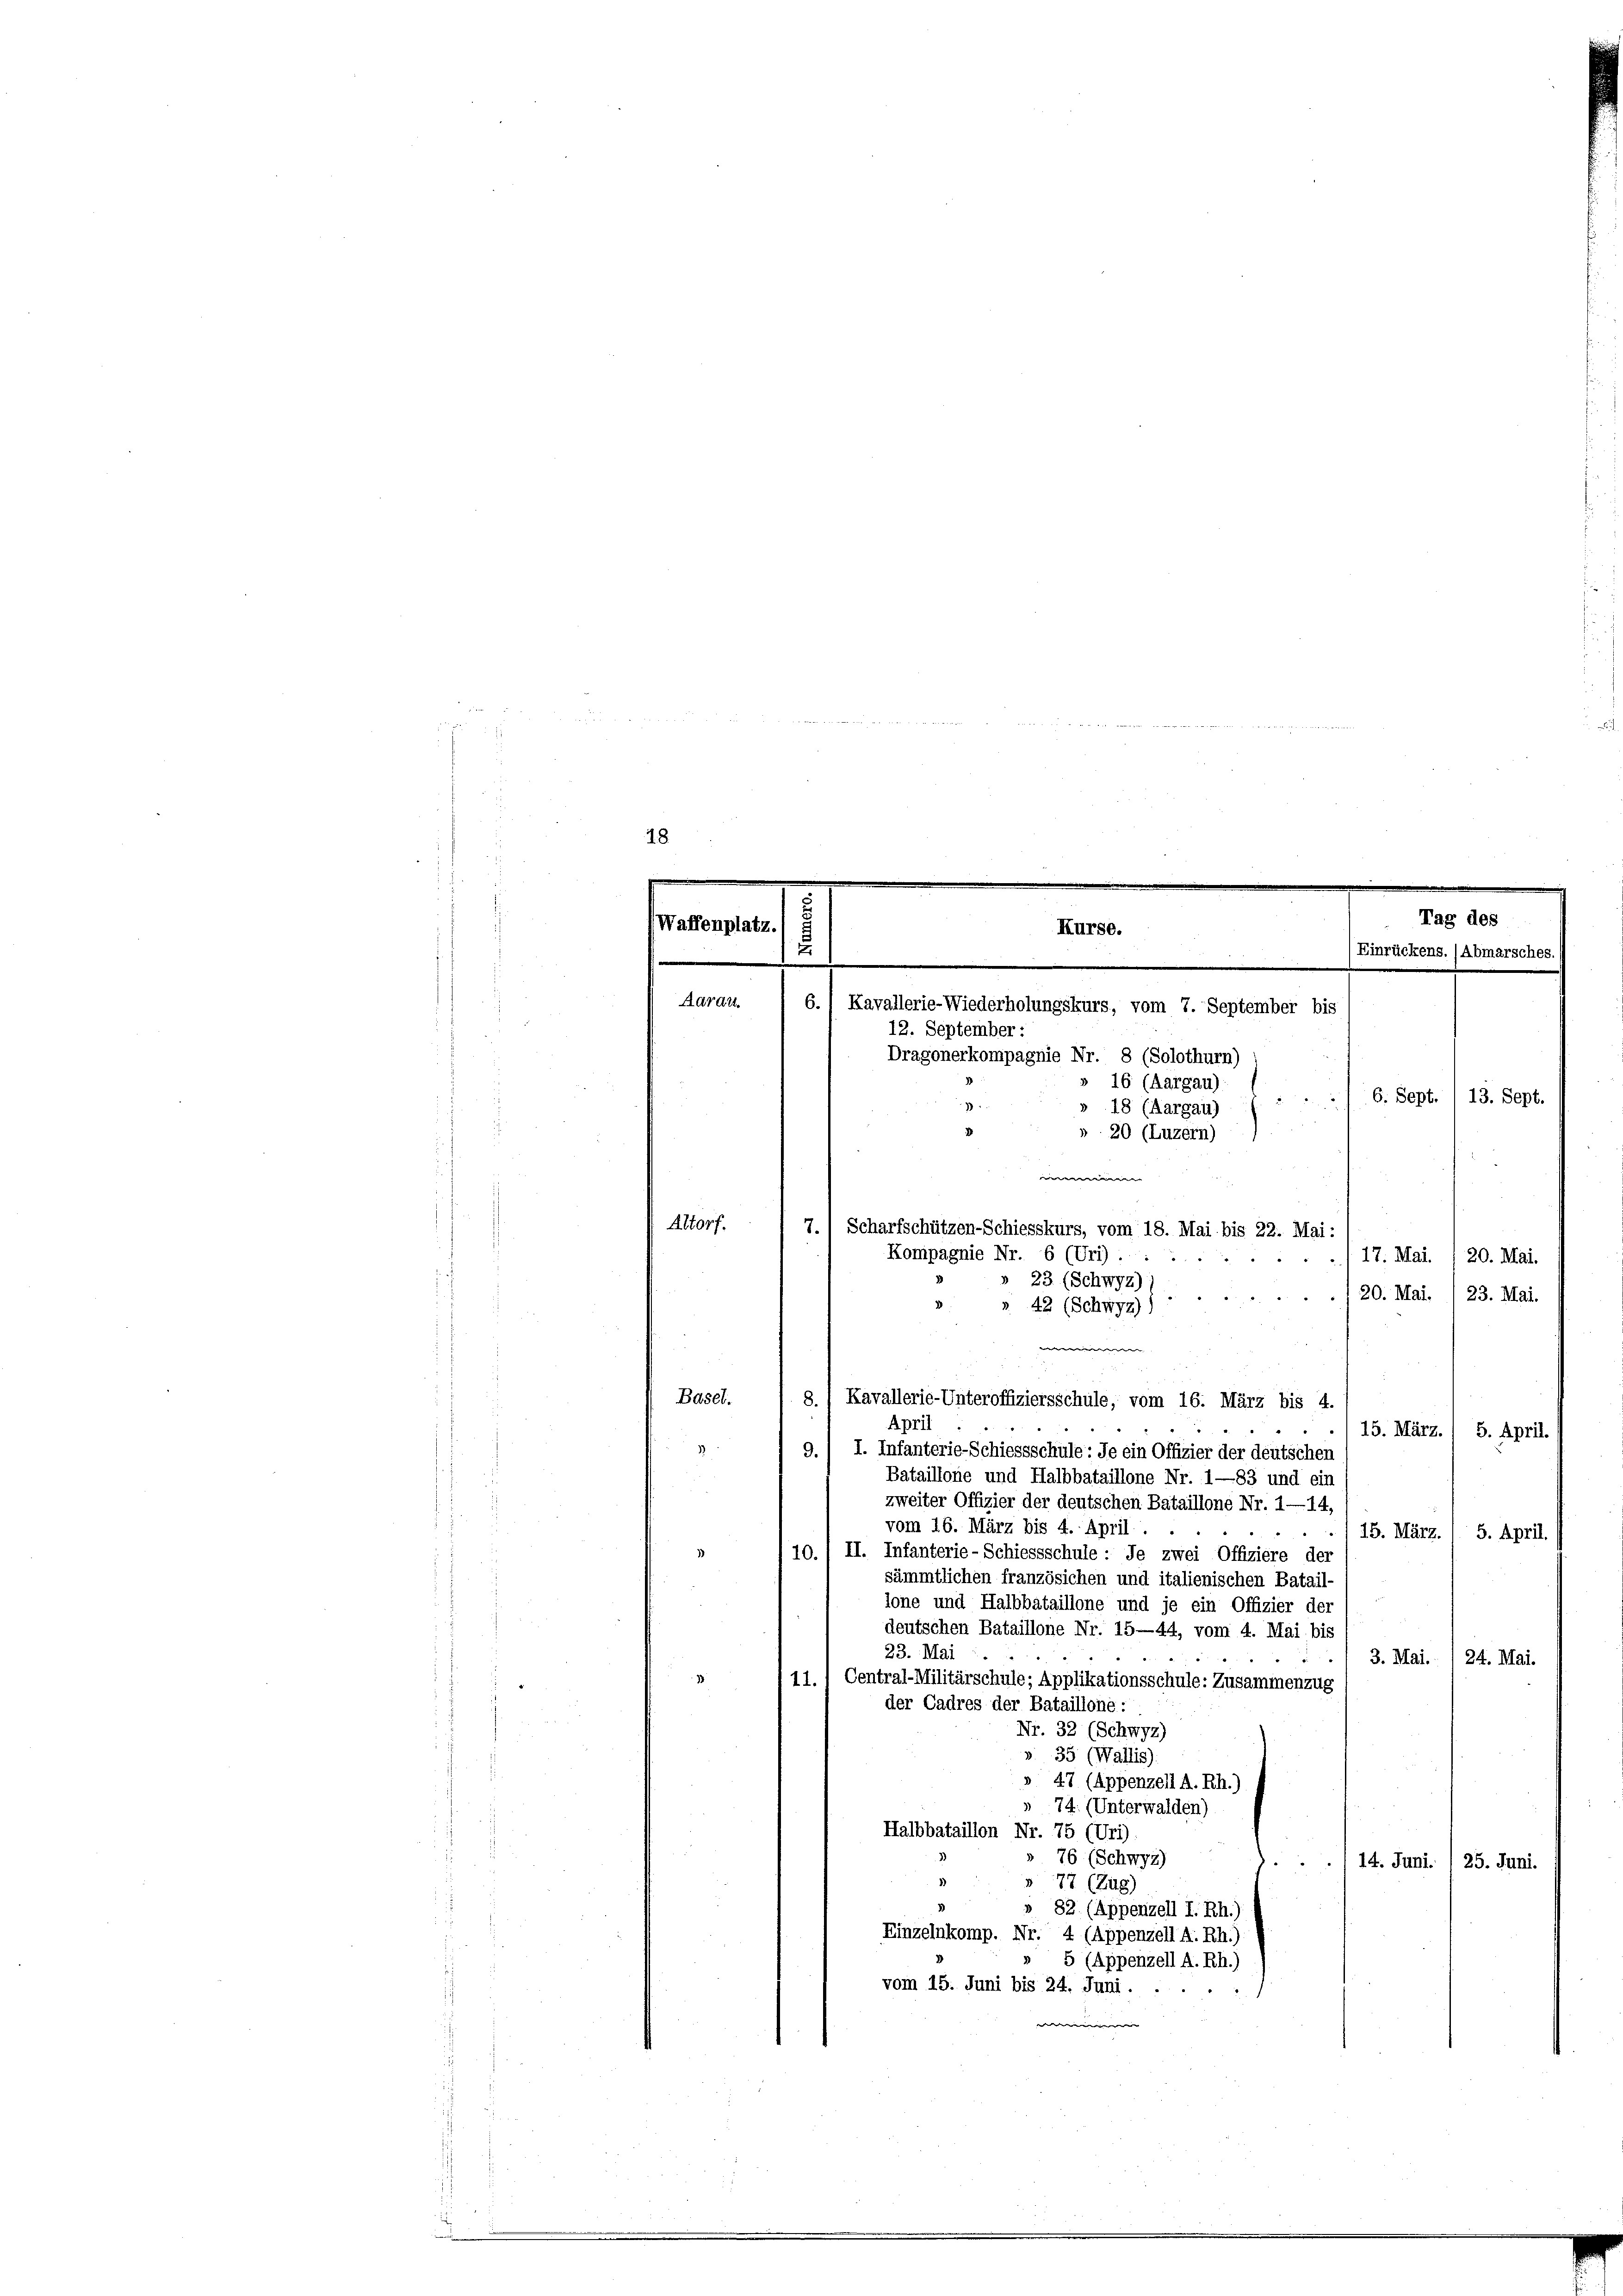
san
Aarau

Altorf.

Basel.

6.) Kavallerie-Wiederholungskurs, vom 7. September bis
Dragonerkompagnie Nr. 8 (Solothurn)

8.
Kavallerie-Unteroffiziersschule, vom 16. März bis 4
April
15. März. / 5. April.
9.1 I. Infanterie-Schiessschule: Je ein Offizier der deutschen
Bataillone und Halbbataillone Nr. 1—83 und ein
zweiter Offizier der deutschen Bataillone Nr. 1—14,
vom 16. März bis 4. April.
15. März. / 5. April.
II. Infanterie-Schiessschule - je zwei Offiziere der
10
sämmtlichen französichen und italienischen Batail-
lone und Halbbataillone und je ein Offizier der
deutschen Bataillone Nr. 15—44, vom 4. Mai bis
23. Mai
3. Mai. 1 24. Mai.
111. Central-Militärschule; Applikationsschule: Zusammenzug
der Cadres der Bataillone:
Nr. 32 (Schwyz)
» 35 (Wallis).
» 47 (Appenzell A. Rh.)
74. (Unterwalden)
Halbbataillon Nr. 75 (Uri)
 76 (Schwyz)
14. Juni. 1 25. Juni.
2
77 (Zug)
» 82. (Appenzell I. Rh.)
Einzelnkomp. Nr. 4 (Appenzell A. Rh.)
 5 (Appenzell A. Rh.)
vom 15. Juni bis 24. Juni.
deeden

e

Kurse.

12. September :
» 16 (Aargau):
6. Sept. 13. Sept.
» 18 (Aargau)
20 (Luzern)

7.1 Scharfschützen-Schiesskurs, vom 18. Mai bis 22. Mai:
Kompagnie Nr. 6 (Uri)
17. Mai. / 20. Mai.
23 (Schwyz)
20. Mai. 1 23. Mai.
» 42 (Schwyz))

E

8 d

18